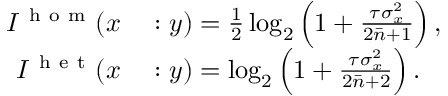
\begin{array} { r l } { I ^ { \mathrm { ~ h ~ o ~ m ~ } } ( x } & { { } : y ) = \frac { 1 } { 2 } \log _ { 2 } \left( 1 + \frac { \tau \sigma _ { x } ^ { 2 } } { 2 \bar { n } + 1 } \right) , } \\ { I ^ { \mathrm { ~ h ~ e ~ t ~ } } ( x } & { { } : y ) = \log _ { 2 } \left( 1 + \frac { \tau \sigma _ { x } ^ { 2 } } { 2 \bar { n } + 2 } \right) . } \end{array}